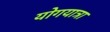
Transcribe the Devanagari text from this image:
योगयात्रा